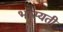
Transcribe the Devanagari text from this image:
भास्यती